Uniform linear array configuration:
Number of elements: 4
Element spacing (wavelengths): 0.25
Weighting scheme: exponential
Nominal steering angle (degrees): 45
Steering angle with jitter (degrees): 45.705
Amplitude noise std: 0.05
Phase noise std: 0.05

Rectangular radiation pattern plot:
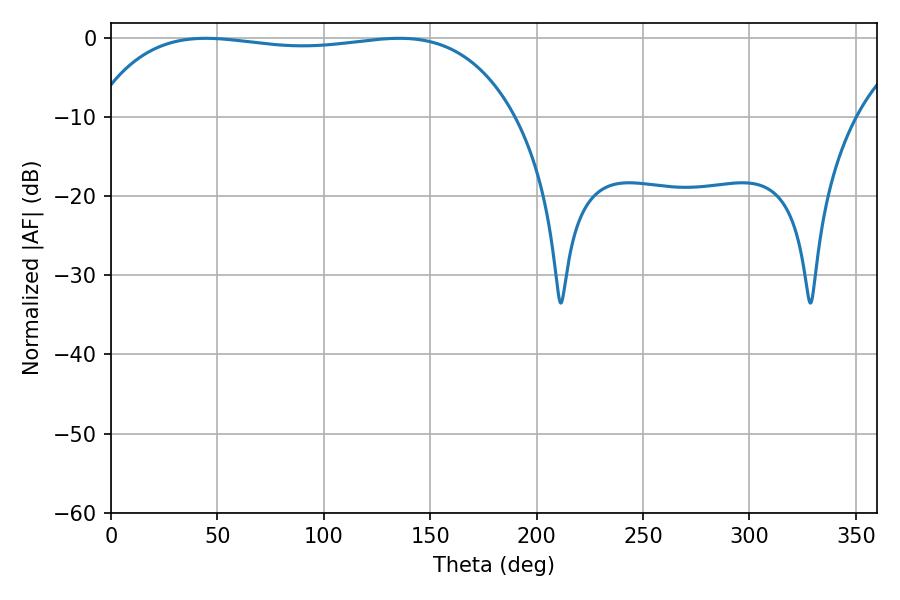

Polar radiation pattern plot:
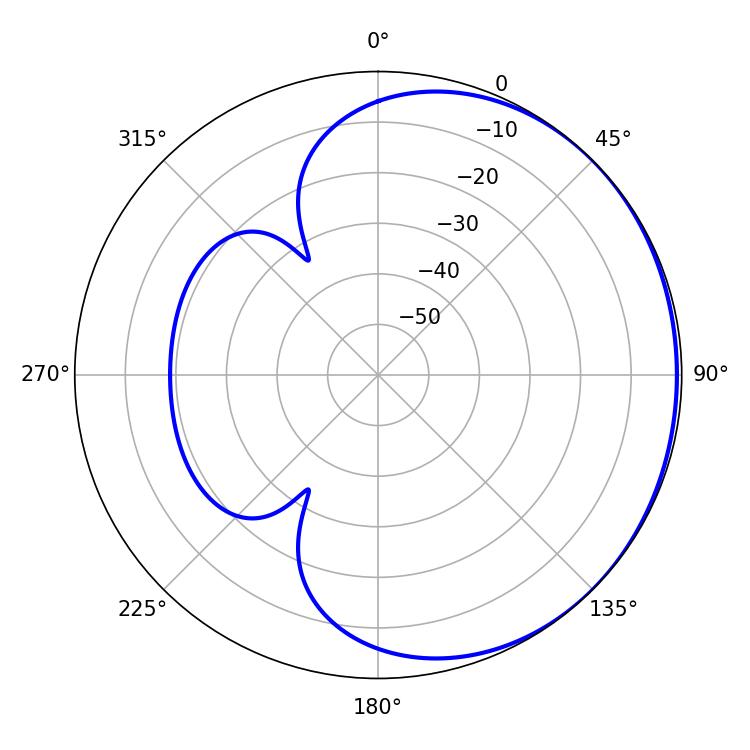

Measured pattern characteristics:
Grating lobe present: FALSE
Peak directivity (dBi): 0.6459
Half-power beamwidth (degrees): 158.76
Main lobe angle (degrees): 44.46